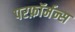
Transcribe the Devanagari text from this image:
परफ़ॉर्मन्स